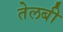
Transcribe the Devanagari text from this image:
तेलबी